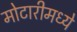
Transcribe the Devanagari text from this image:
मोटारीमध्ये